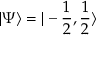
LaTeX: \vert \Psi \rangle = \vert - \frac { 1 } { 2 } , \frac { 1 } { 2 } \rangle